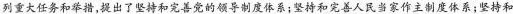
列重大任务和举措，提出了坚持和完善党的领导制度体系；坚持和完善人民当家作主制度体系；坚持和